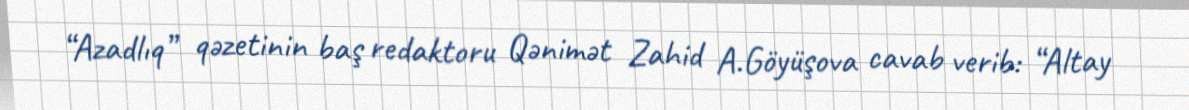
“Azadlıq” qəzetinin baş redaktoru Qənimət Zahid A.Göyüşova cavab verib: “Altay